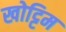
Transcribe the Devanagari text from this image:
खोट्टिम